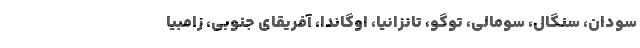
سودان، سنگال، سومالی، توگو، تانزانیا، اوگاندا، آفریقای جنوبی، زامبیا